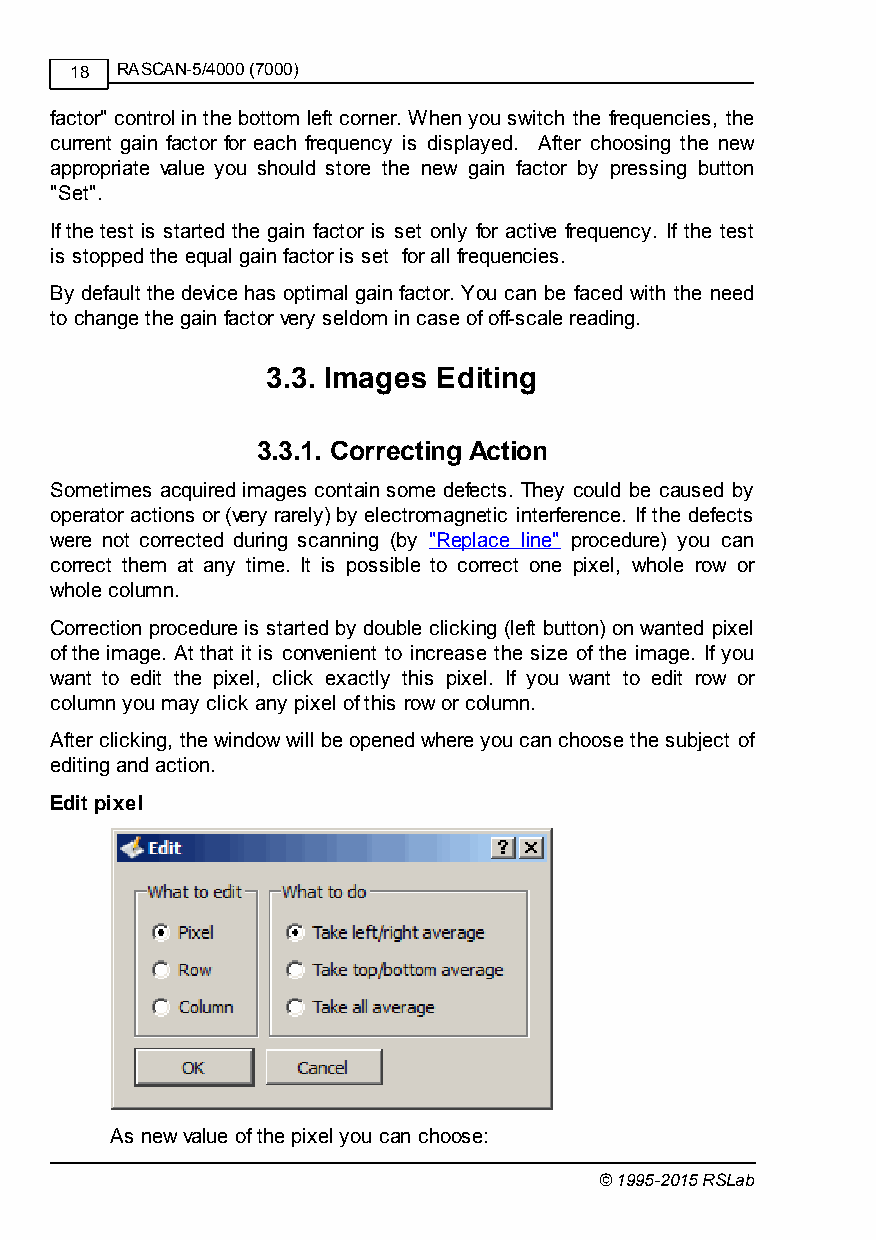
18 RASCAN-5/4000 (7000)
 factor" control in the bottom left corner. When you switch the frequencies, the
 current gain factor for each frequency is displayed. After choosing the new
 appropriate value you should store the new gain factor by pressing button
 "Set".
 If the test is started the gain factor is set only for active frequency. If the test
 is stopped the equal gain factor is set for all frequencies.
 By default the device has optimal gain factor. You can be faced with the need
 to change the gain factor very seldom in case of off-scale reading.
 3.3. Images Editing
 3.3.1. Correcting Action
 Sometimes acquired images contain some defects. They could be caused by
 operator actions or (very rarely) by electromagnetic interference. If the defects
 were not corrected during scanning (by "Replace line" procedure) you can
 correct them at any time. It is possible to correct one pixel, whole row or
 whole column.
 Correction procedure is started by double clicking (left button) on wanted pixel
 of the image. At that it is convenient to increase the size of the image. If you
 want to edit the pixel, click exactly this pixel. If you want to edit row or
 column you may click any pixel of this row or column.
 After clicking, the window will be opened where you can choose the subject of
 editing and action.
 Edit pixel
 As new value of the pixel you can choose:
 © 1995-2015 RSLab